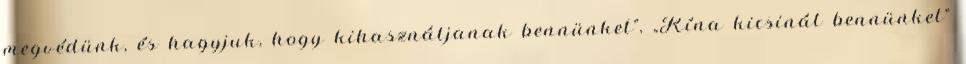
megvédünk, és hagyjuk, hogy kihasználjanak bennünket”, „Kína kicsinál bennünket”